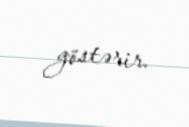
göstərir.